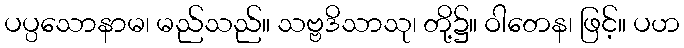
ပပ္ပသောနာမ၊ မည်သည်။ သဗ္ဗဒိသာသု၊ တို့၌။ ဝါတေန၊ ဖြင့်။ ပဟ